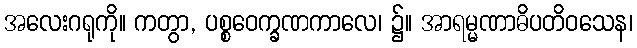
အလေးဂရုကို။ ကတွာ, ပစ္စဝေက္ခဏကာလေ၊ ၌။ အာရမ္မဏာဓိပတိဝသေန၊